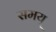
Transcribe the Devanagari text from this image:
समय्